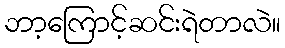
ဘာ့ကြောင့်ဆင်းရဲတာလဲ။